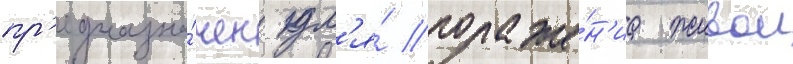
пр'едназна́чен дл'я́ пораже́н'иа живои